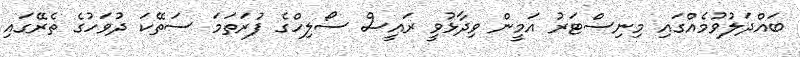
ބައްދަލުވުމެއްގައި މިނިސްޓަރު އަމީން ވިދާޅުވީ ރައީސް ސޯލިހްގެ ފުރަތަމަ ސަތޭކަ ދުވަހުގެ ތެރޭގައި